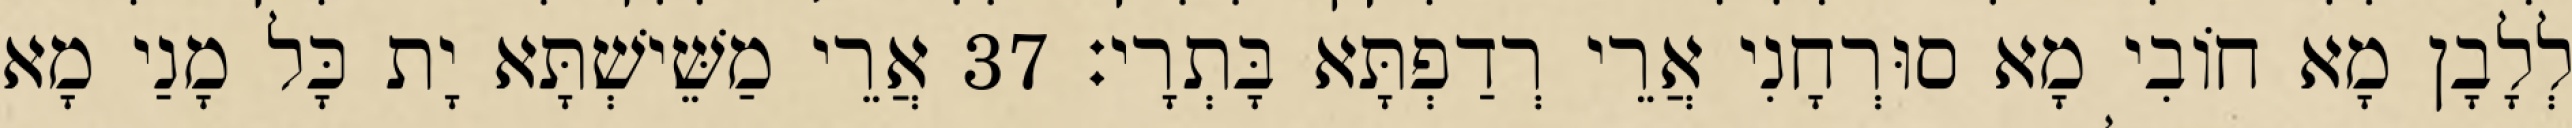
לְלָבָן מָא חוֹבִי מָא סוּרְחָנִי אֲרֵי רְדַפְתָּא בָּתְרָי׃ 37 אֲרֵי מַשֵּׁישְׁתָּא יָת כָּל מָנַי מָא